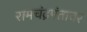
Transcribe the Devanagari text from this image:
रामचंद्रपंतावर